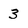
Character: 3